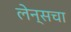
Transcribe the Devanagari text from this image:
लेन्सचा